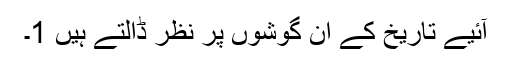
آئیے تاریخ کے ان گوشوں پر نظر ڈالتے ہیں 1۔